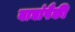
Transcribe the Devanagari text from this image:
वाघांपैकी